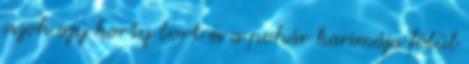
iszok egy korty bort és a pohár karimája fölül